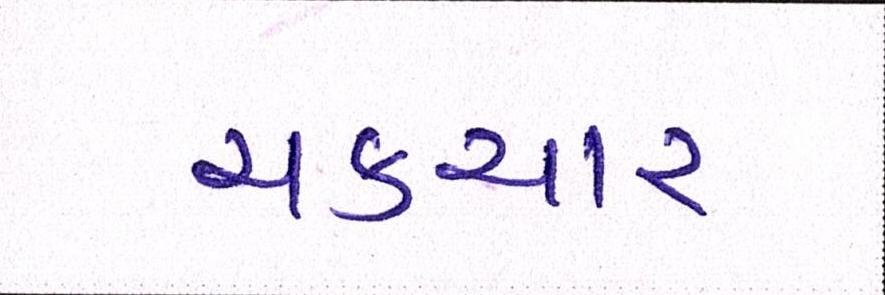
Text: ચકચાર